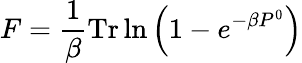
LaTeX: F=\frac{1}{\beta}\mathrm{Tr}\ln\left(1-e^{-\beta P^{0}}\right)